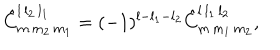
LaTeX: \hat { C } _ { m \, m _ { 2 } \, m _ { 1 } } ^ { l \, l _ { 2 } \, l _ { 1 } } = ( - 1 ) ^ { l - l _ { 1 } - l _ { 2 } } \hat { C } _ { m \, m _ { 1 } \, m _ { 2 } } ^ { l \, l _ { 1 } \, l _ { 2 } } ,